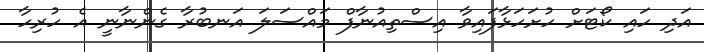
އަދި ހައި ކޯޓަށް ހުށަހަޅާފައިވާ އިސްތިއުނާފް މައްސަލަ އަނބުރާ ގެންނާނީ އެ ހުރިހާ